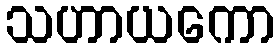
သဟာယကော